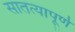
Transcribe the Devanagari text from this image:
सातत्यापूर्ण